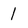
Character: 1